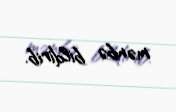
mənbə bildirib.